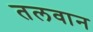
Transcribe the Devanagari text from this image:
तलवान